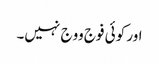
اور کوئی فوج ووج نہیں۔